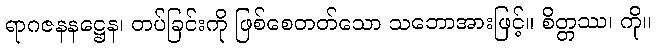
ရာဂဇနနဋ္ဌေန၊ တပ်ခြင်းကို ဖြစ်စေတတ်သော သဘောအားဖြင့်။ စိတ္တဿ၊ ကို။